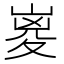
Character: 嵏